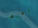
تعرف